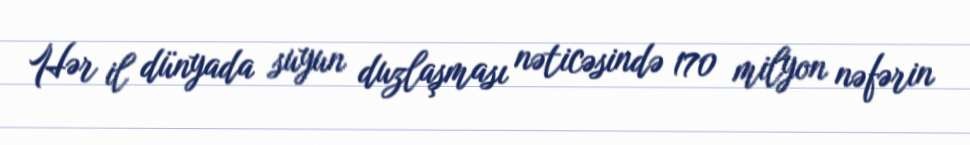
Hər il dünyada suyun duzlaşması nəticəsində 170 milyon nəfərin